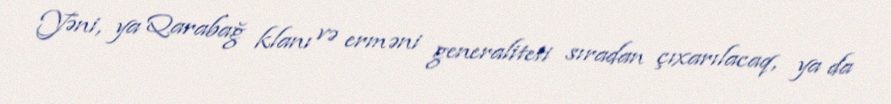
Yəni, ya Qarabağ klanı və erməni generaliteti sıradan çıxarılacaq, ya da